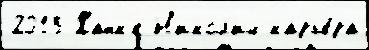
2013 Ханк'е Н'икол'ич карье́ра